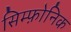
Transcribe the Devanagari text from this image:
सिम्फ़ोनिक